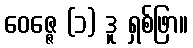
ဝေဇ္ဇေ (၁) ဒူ ရှစ်ဖြာ။